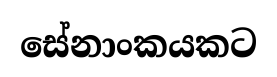
සේනාංකයකට